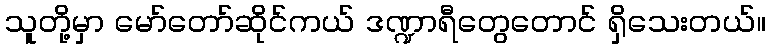
သူတို့မှာ မော်တော်ဆိုင်ကယ် ဒဏ္ဍာရီတွေတောင် ရှိသေးတယ်။